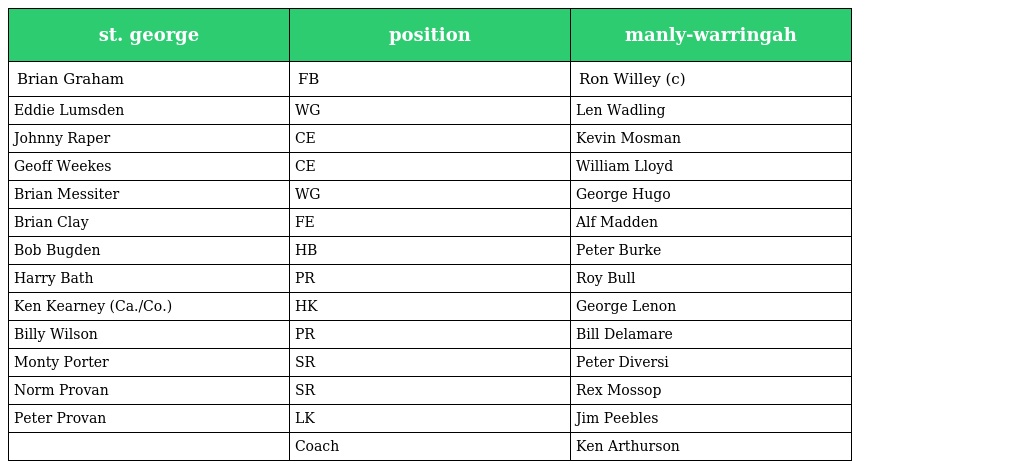
| st. george | position | manly-warringah |
 | --- | --- | --- |
 | Brian Graham | FB | Ron Willey (c) |
 | Eddie Lumsden | WG | Len Wadling |
 | Johnny Raper | CE | Kevin Mosman |
 | Geoff Weekes | CE | William Lloyd |
 | Brian Messiter | WG | George Hugo |
 | Brian Clay | FE | Alf Madden |
 | Bob Bugden | HB | Peter Burke |
 | Harry Bath | PR | Roy Bull |
 | Ken Kearney (Ca./Co.) | HK | George Lenon |
 | Billy Wilson | PR | Bill Delamare |
 | Monty Porter | SR | Peter Diversi |
 | Norm Provan | SR | Rex Mossop |
 | Peter Provan | LK | Jim Peebles |
 |  | Coach | Ken Arthurson |